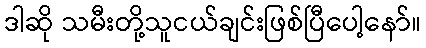
ဒါဆို သမီးတို့သူငယ်ချင်းဖြစ်ပြီပေါ့နော်။